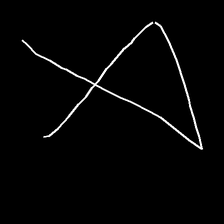
Glyph: collection